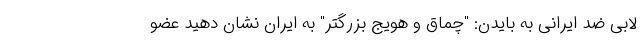
لابی ضد ایرانی به بایدن: "چماق و هویج بزرگتر" به ایران نشان دهید عضو